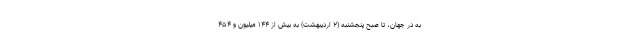
به در جهان، تا صبح پنجشنبه (۲ اردیبهشت) به بیش از ۱۴۴ میلیون و ۴۵۴